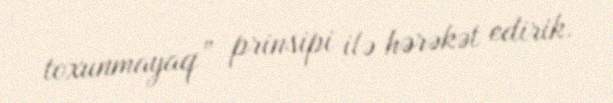
toxunmayaq” prinsipi ilə hərəkət edirik.